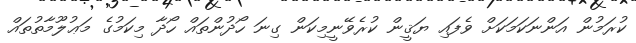
ކުރަމުން އަންނަކަމަކަށް ވެފައި ޔަޤީން ކުރެވޭނީމިކަން ގިނަ ހޯދުންތައް ހޯދާ މިކަމުގެ މަޢުލޫމާތުތައް